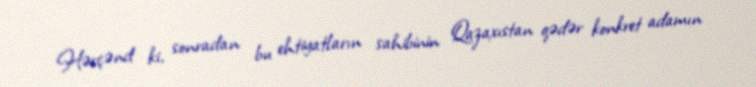
Hərçənd ki, sonradan bu ehtiyatların sahibinin Qazaxıstan qədər konkret adamın